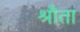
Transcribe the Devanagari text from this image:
श्रौता